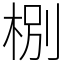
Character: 㭭